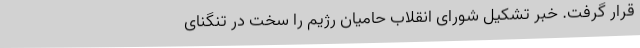
قرار گرفت‌. خبر تشکیل‌ شورای‌ انقلاب‌ حامیان‌ رژیم‌ را سخت‌ در تنگنای‌